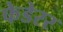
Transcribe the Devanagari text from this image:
फेडेरर